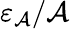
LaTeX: \varepsilon_{\mathcal{A}}/\mathcal{A}